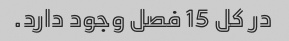
در کل 15 فصل وجود دارد.